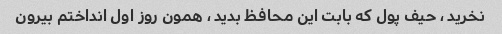
نخرید ، حیف پول که بابت این محافظ بدید ، همون روز اول انداختم بیرون